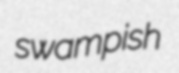
swampish